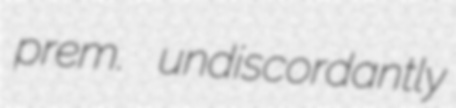
prem. undiscordantly